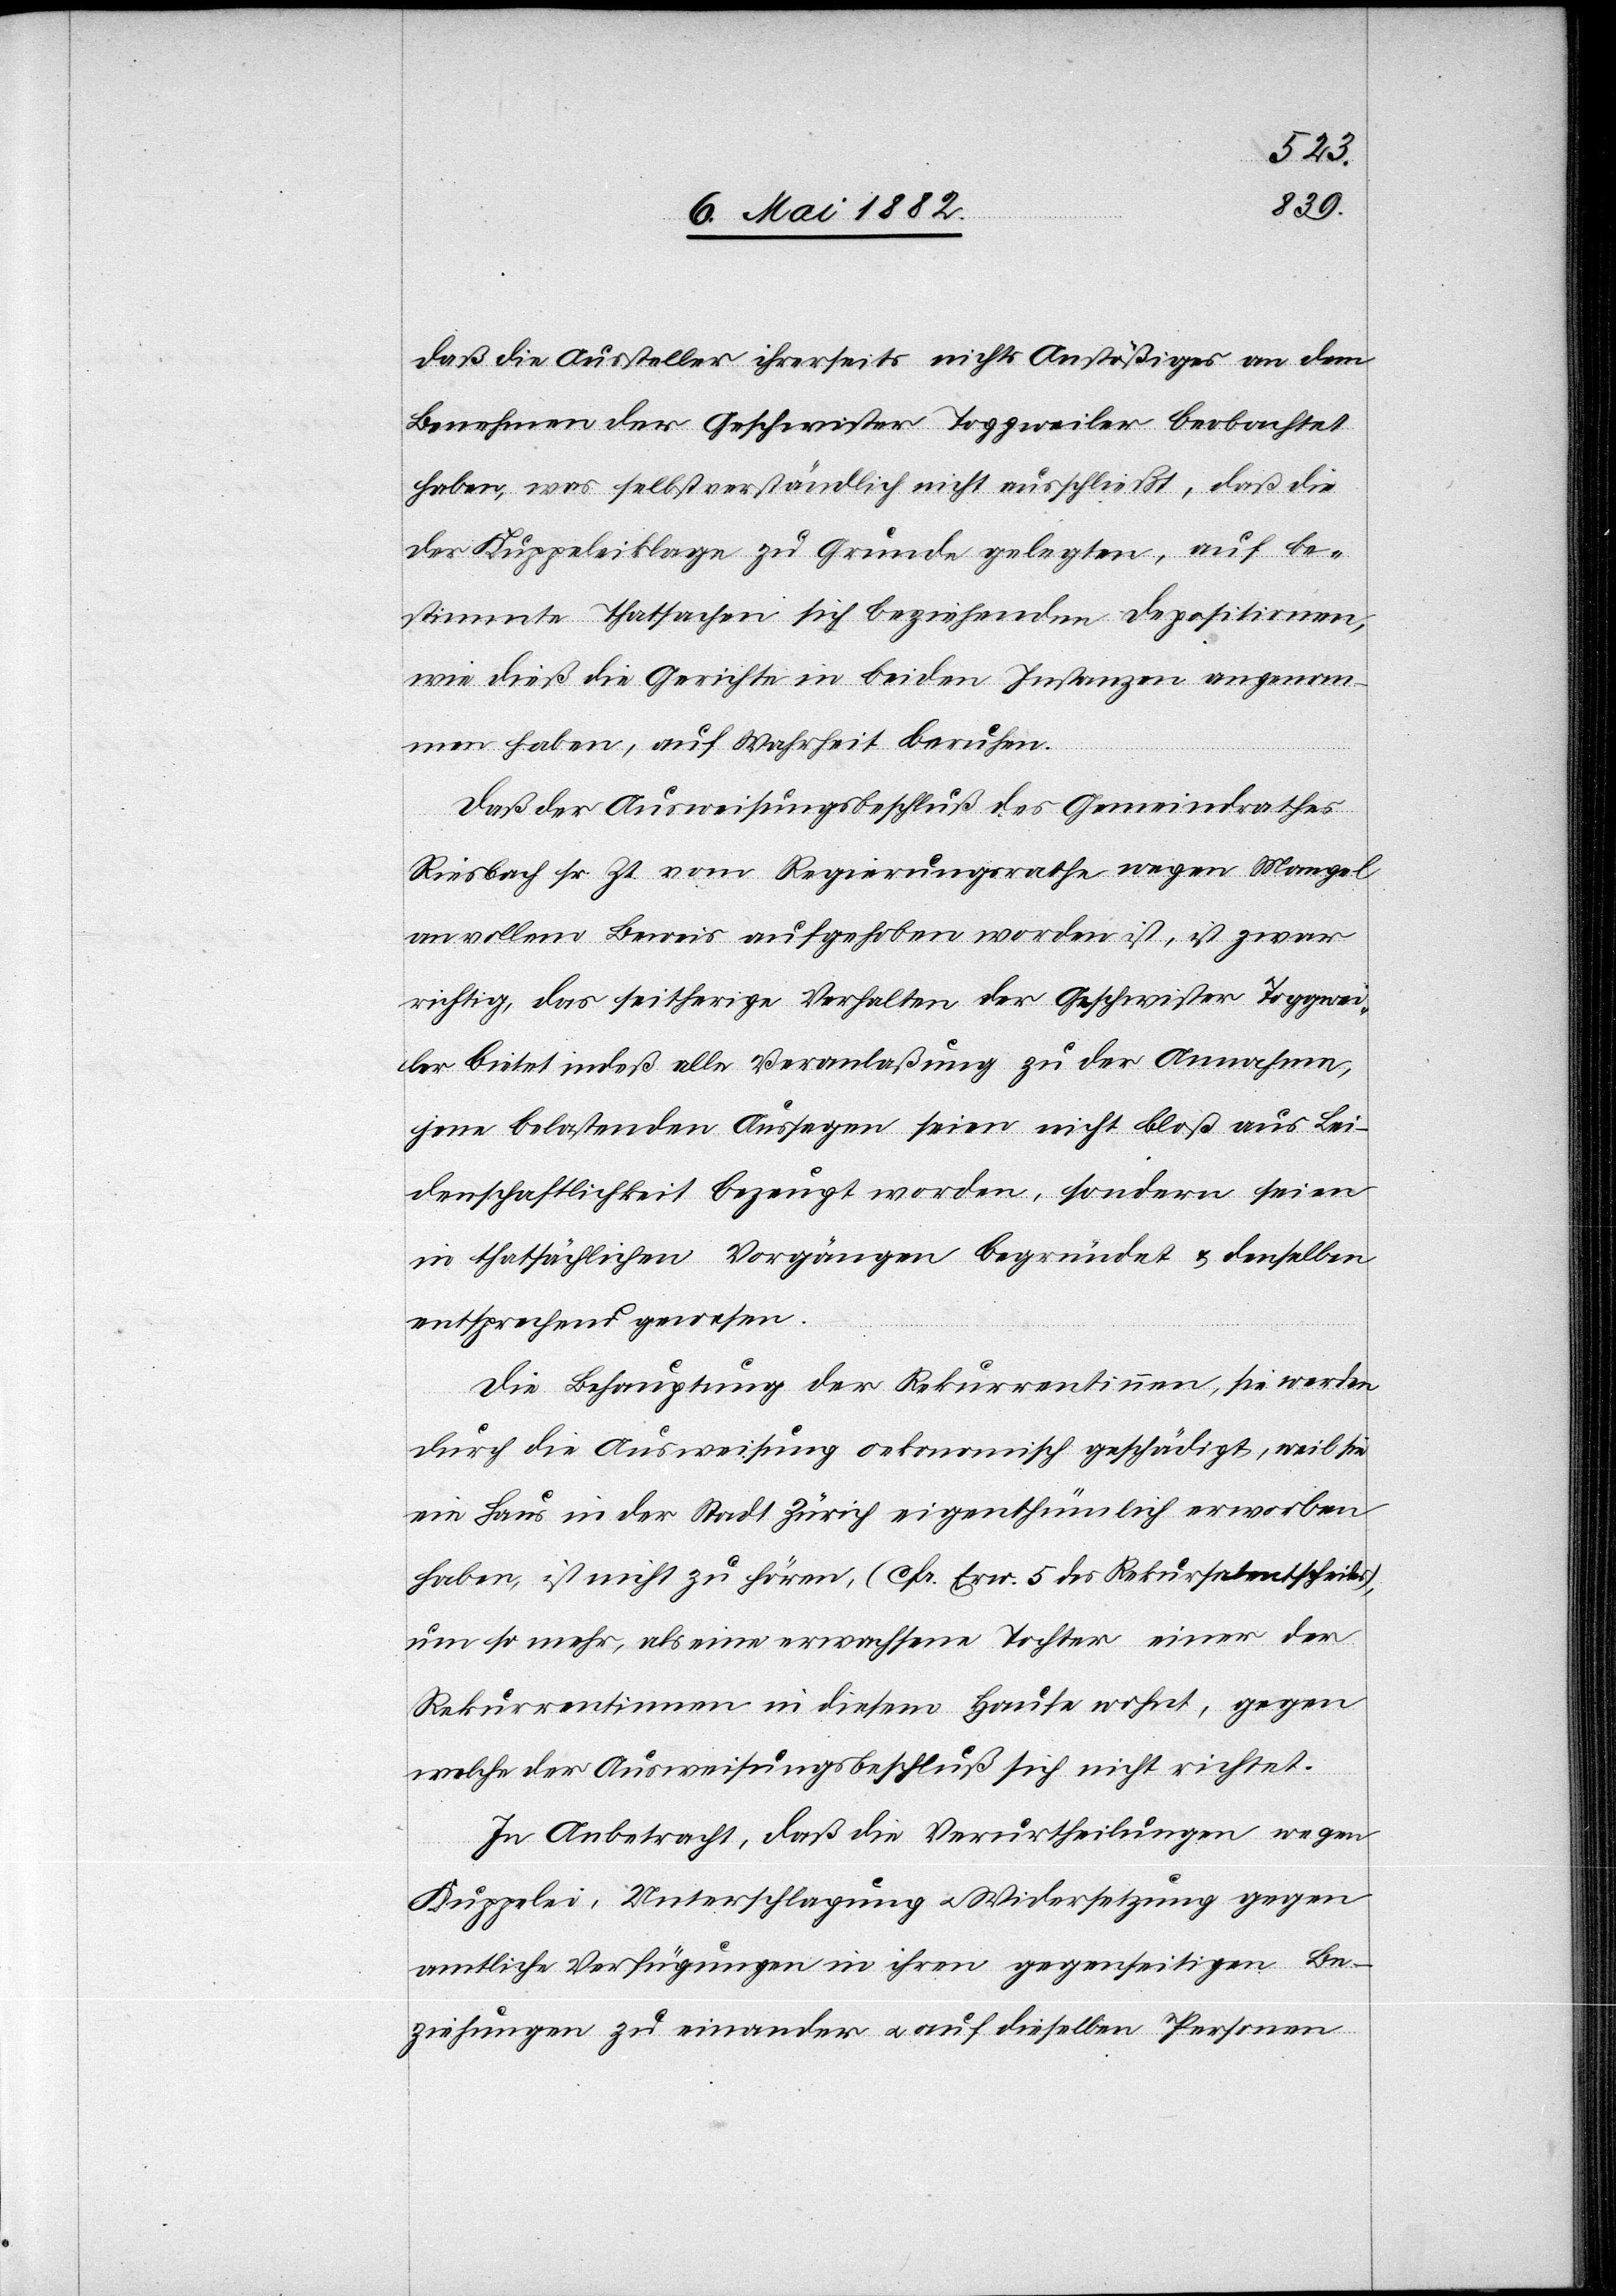
daß die Aussteller ihrerseits nichts Anstößiges an dem
Benehmen der Geschwister Toggweiler beobachtet
haben, was selbstverständlich nicht ausschließt, daß die
der Kuppeleiklage zu Grunde gelegten, auf be¬
stimmte Thatsachen sich beziehenden Depositionen,
wie dieß die Gerichte in beiden Instanzen angenom¬
men haben, auf Wahrheit beruhen.
Daß der Ausweisungsbeschluß des Gemeindrathes
Riesbach sr. Zt. vom Regierungsrathe wegen Mangel
an vollem Beweis aufgehoben worden ist, ist zwar
richtig, das seitherige Verhalten der Geschwister Toggwei¬
ler bietet indeß alle Veranlaßung zu der Annahme,
jene belastenden Aussagen seien nicht bloß aus Lei¬
denschaftlichkeit bezeugt worden, sondern seien
in thatsächlichen Vorgängen begründet & denselben
entsprechend gewesen.
Die Behauptung der Rekurrentinnen, sie werden
durch die Ausweisung oekonomisch geschädigt, weil sie
ein Haus in der Stadt Zürich eigenthümlich erworben
haben, ist nicht zu hören, (cfr. Erw. 5 des Rekursalentscheides),
um so mehr, als eine erwachsene Tochter einer der
Rekurrentinnen in diesem Hause wohnt, gegen
welche der Ausweisungsbeschluß sich nicht richtet.
In Anbetracht, daß die Verurtheilungen wegen
Kuppelei, Unterschlagung u. Widersetzung gegen
amtliche Verfügungen in ihren gegenseitigen Be¬
ziehungen zu einander u. auf dieselben Personen